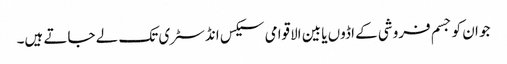
جو ان کو جسم فروشی کے اڈوں یا بین الاقوامی سیکس انڈسٹری تک لے جاتے ہیں۔